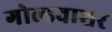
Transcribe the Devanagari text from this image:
गोल्डवाशर